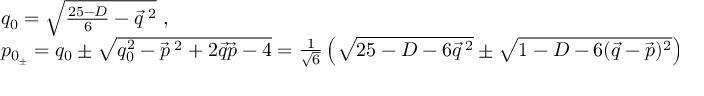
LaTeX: \begin{array} { l } { { q _ { 0 } = \sqrt { \frac { 2 5 - D } { 6 } - \vec { q } ^ { \; 2 } } \ , } } \\ { { p _ { 0 _ { \pm } } = q _ { 0 } \pm \sqrt { q _ { 0 } ^ { 2 } - \vec { p } ^ { \; 2 } + 2 \vec { q } \vec { p } - 4 } = \frac { 1 } { \sqrt { 6 } } \left( \sqrt { 2 5 - D - 6 \vec { q } ^ { \; 2 } } \pm \sqrt { 1 - D - 6 ( \vec { q } - \vec { p } ) ^ { 2 } } \right) \ . } } \end{array}